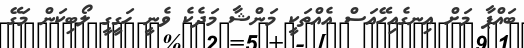
ބައްޕާ މަށް އިނގެއިހޭއަސް އެއްތަކީ މަންޝާ މަދެކެ ވެނީ ހަގީގީ ލޯބިކަން މަގޭ